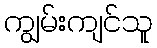
ကျွမ်းကျင်သူ